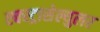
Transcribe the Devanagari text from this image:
एक्स्ट्रासेल्युलर